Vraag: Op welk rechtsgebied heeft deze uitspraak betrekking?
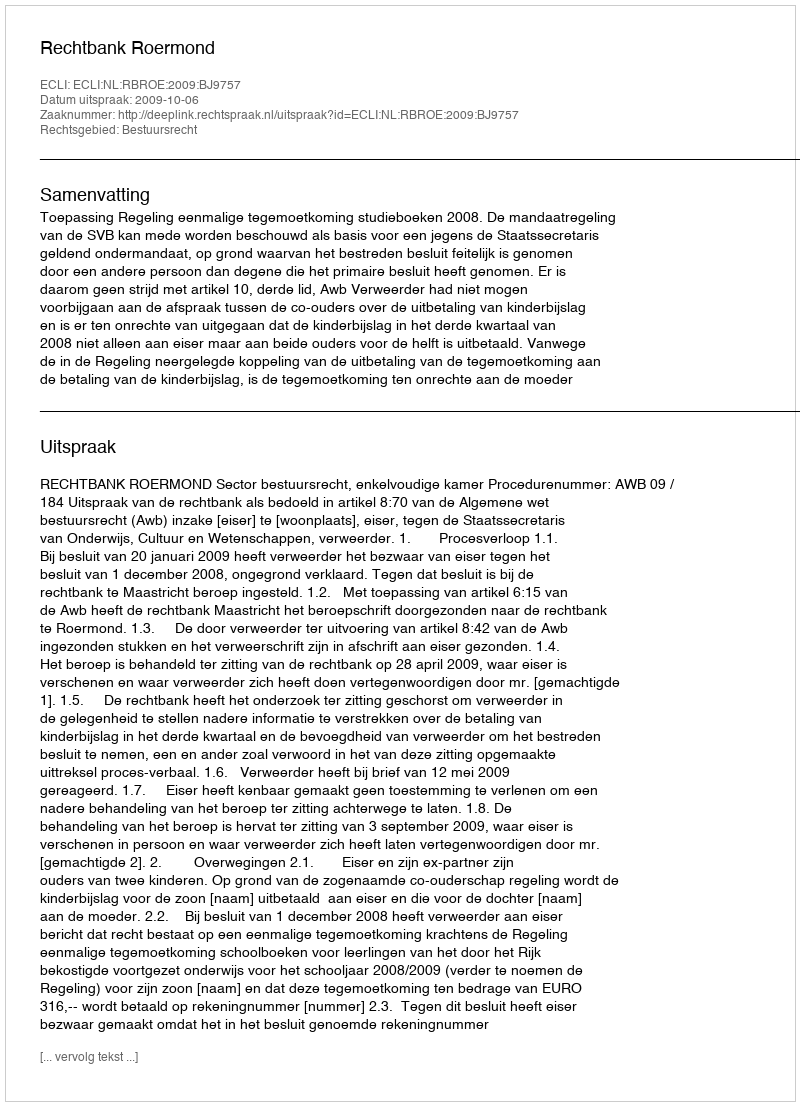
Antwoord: Bestuursrecht